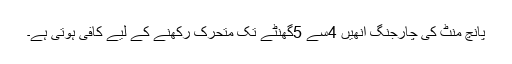
پانچ منٹ کی چارجنگ انھیں 4سے 5گھنٹے تک متحرک رکھنے کے لیے کافی ہوتی ہے۔